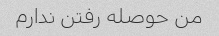
من حوصله رفتن ندارم